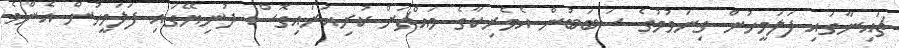
ޗައިނާގައި ފަލަމީހުން ގިނަވުމުގެ ސަބަބުން އެމެރިކާގެ މައްޗަށް ކުރިއަރައިގޮސް ދުނިޔޭގައި ފަލަމީހުން އެންމެ